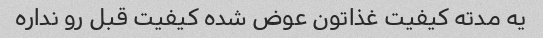
یه مدته کیفیت غذاتون عوض شده کیفیت قبل رو نداره